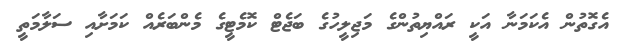
އެގޮތުން އެކަމަނާ އަކީ ރައްޔިތުންގެ މަޖިލީހުގެ ބަޖެޓް ކޮމެޓީގެ މެންބަރެއް ކަމަށާއި ސަލާމަތީ